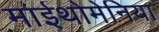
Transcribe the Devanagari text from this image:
माईथोमेनिया